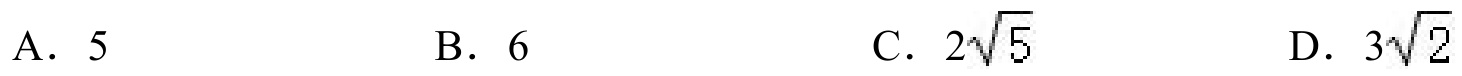
A. \(5\)  \(\qquad\) B. \(6\)  \(\qquad\) C. \(2\sqrt{5}\)  \(\qquad\) D. \(3\sqrt{2}\)